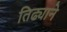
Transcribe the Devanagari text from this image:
तिढ्याने